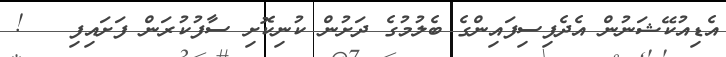
އެޑިއުކޭޝަނުން އެދެފިސިފައިންގެ ބެލުމުގެ ދަށުން ކުނިކޮށި ސާފުކުރަން ފަށައިފި   !